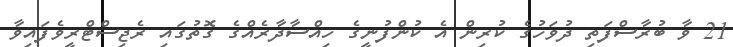
21 ވާ ބުރާސްފަތި ދުވަހުގެ ކުރިން އެ ކުންފުނީގެ ހިއްސާދާރެއްގެ ގޮތުގައި ރެޖިސްޓްރީވެފައިވާ